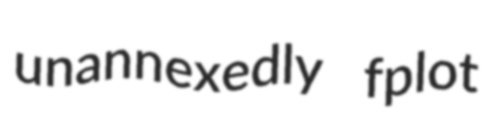
unannexedly fplot